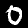
Digit: 0